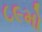
૮૯મો